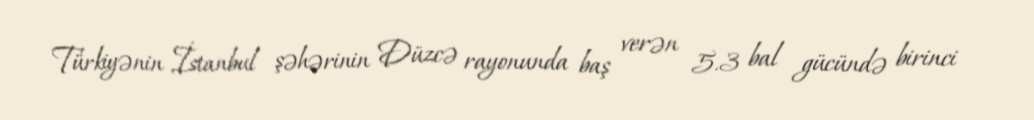
Türkiyənin İstanbul şəhərinin Düzcə rayonunda baş verən 5.3 bal gücündə birinci